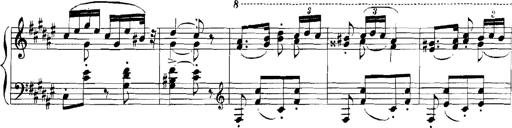
Title: Rhapsodies hongroises
Composer: Franz Liszt